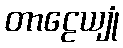
တာဠေယျုံ